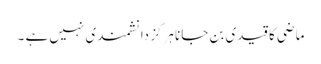
ماضی کا قیدی بن جانا ہرگز دانشمند ی نہیں ہے ۔